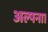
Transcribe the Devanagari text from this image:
अल्पना।